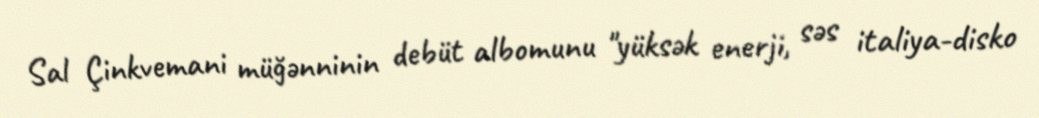
Sal Çinkvemani müğənninin debüt albomunu "yüksək enerji, səs italiya-disko